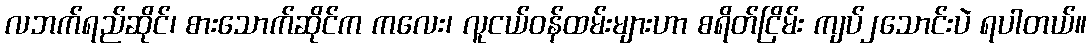
လဘက်ရည်ဆိုင်၊ စားသောက်ဆိုင်က ကလေး၊ လူငယ်ဝန်ထမ်းများဟာ စရိတ်ငြိမ်း ကျပ်၂သောင်းပဲ ရပါတယ်။